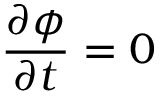
{ \frac { \partial \phi } { \partial t } } = 0